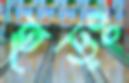
হড়ঃ